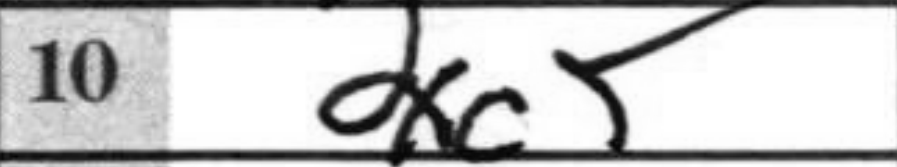
Transcription: dxc5